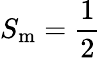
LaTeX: S_{\mathrm{m}}=\frac{1}{2}